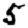
Digit: 5